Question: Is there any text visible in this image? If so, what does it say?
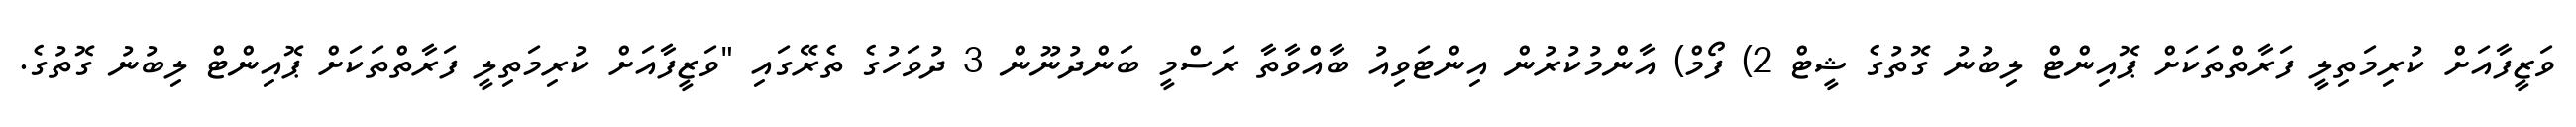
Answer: ވަޒީފާއަށް ކުރިމަތިލީ ފަރާތްތަކަށް ޕޮއިންޓް ލިބުނު ގޮތުގެ ޝީޓް 2) ފޯމް) އާންމުކުރުން އިންޓަވިއު ބާއްވާތާ ރަސްމީ ބަންދުނޫން 3 ދުވަހުގެ ތެރޭގައި "ވަޒީފާއަށް ކުރިމަތިލީ ފަރާތްތަކަށް ޕޮއިންޓް ލިބުނު ގޮތުގެ.